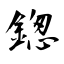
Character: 鍯